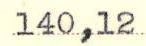
140,12